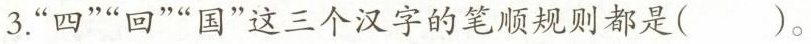
3.”四””回””国”这三个汉字的笔顺规则都是( )。